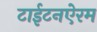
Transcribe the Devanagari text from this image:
टाईटनऐरम